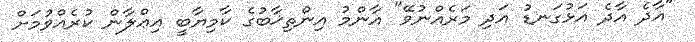
"އާދެ އާދެ އަޅުގަނޑު އަދި މަރެއްނުވޭ" އާންމު އިންތިޚާބުގެ ކާމިޔާބީ އިޢްލާން ކުރެއްވުމަށް